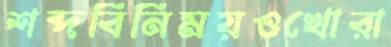
শব্দবিনিময়ওখোরা